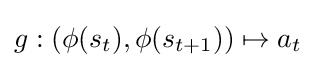
g:(\phi (s_{t}),\phi (s_{t+1}))\mapsto a_{t}